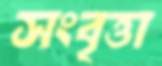
সংবৃত্তা